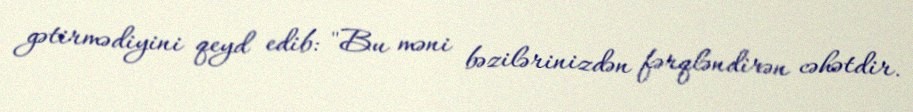
gətirmədiyini qeyd edib: "Bu məni bəzilərinizdən fərqləndirən cəhətdir.